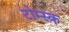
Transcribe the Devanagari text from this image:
टोम्स्क